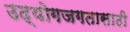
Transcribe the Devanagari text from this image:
उद्योगजगतासाठी